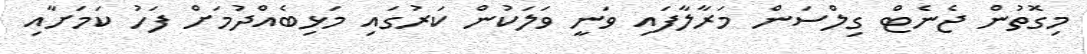
މިގޮތުން ޖެނެޓް ގިލްސަން މަރާލާފައި ވަނީ ވަލަކުން ކަރުގައި މަޅިބެއްދުމަށް ފަހު ކަމަށާއި